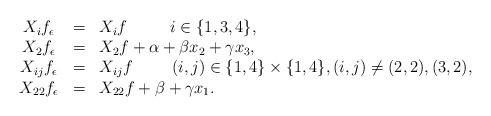
LaTeX: \begin{align*}\begin{array}{ccll}$$X_if_\epsilon&=&X_if \hskip 1.1cm i\in\{1,3,4\},$$\\$$X_2f_\epsilon&=&X_2f+\alpha+\beta x_2+\gamma x_3,$$\\$$X_{ij}f_\epsilon&=&X_{ij}f \hskip 1cm (i,j)\in\{1,4\}\times\{1,4\},(i,j)\not=(2,2),(3,2),$$\\$$X_{22}f_\epsilon&=&X_{22}f+\beta+\gamma x_1.$$\end{array}\end{align*}